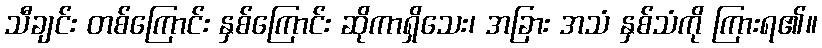
သီချင်း တစ်ကြောင်း နှစ်ကြောင်း ဆိုကာရှိသေး၊ အခြား အသံ နှစ်သံကို ကြားရ၏။